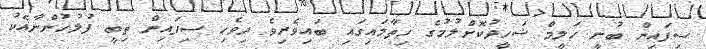
ސިފައިން ބުނީ ހަލީމް ޝަހީދުކޮށްލުމުގެ ހިތާމައިގައި ބައިވެރިވެ ދިވެހި ސިފައިން ތިބީ ފުލުހުންނާއެކު